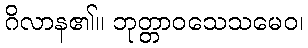
ဂိလာန၏။ ဘုတ္တာဝသေသမေဝ၊